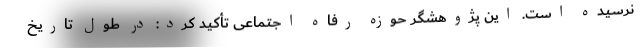
نرسیده است. این پژوهشگر حوزه رفاه اجتماعی تأکید کرد: در طول تاریخ